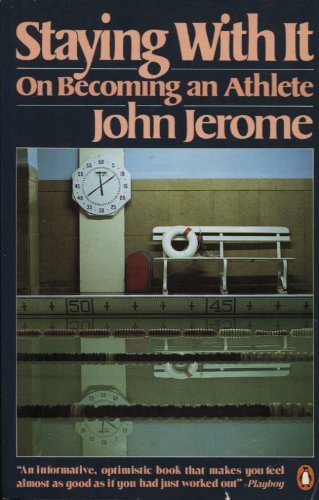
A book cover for Staying with It; John Jerome; Health, Fitness & Dieting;